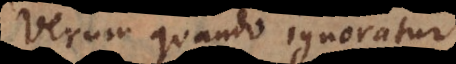
Verum quando ignoratur